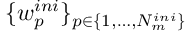
\{ w _ { p } ^ { i n i } \} _ { p \in \{ 1 , \dots , N _ { m } ^ { i n i } \} }